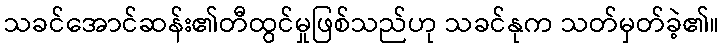
သခင်အောင်ဆန်း၏တီထွင်မှုဖြစ်သည်ဟု သခင်နုက သတ်မှတ်ခဲ့၏။